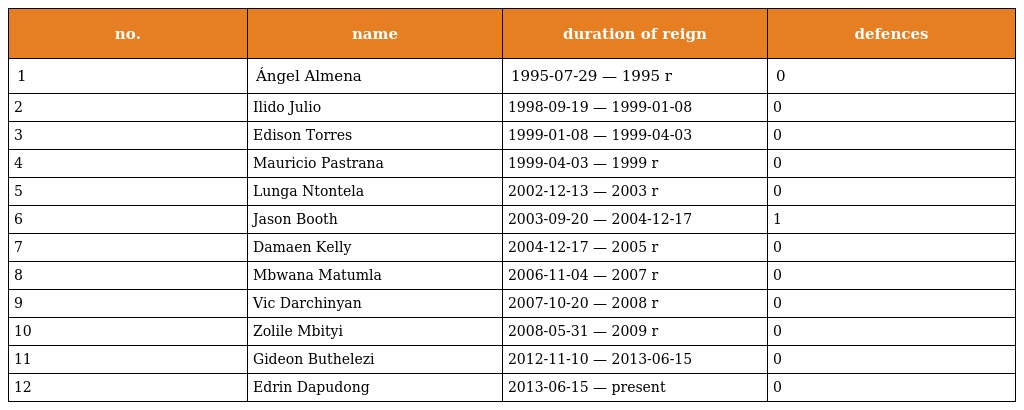
| no. | name | duration of reign | defences |
 | --- | --- | --- | --- |
 | 1 | Ángel Almena | 1995-07-29 — 1995 r | 0 |
 | 2 | Ilido Julio | 1998-09-19 — 1999-01-08 | 0 |
 | 3 | Edison Torres | 1999-01-08 — 1999-04-03 | 0 |
 | 4 | Mauricio Pastrana | 1999-04-03 — 1999 r | 0 |
 | 5 | Lunga Ntontela | 2002-12-13 — 2003 r | 0 |
 | 6 | Jason Booth | 2003-09-20 — 2004-12-17 | 1 |
 | 7 | Damaen Kelly | 2004-12-17 — 2005 r | 0 |
 | 8 | Mbwana Matumla | 2006-11-04 — 2007 r | 0 |
 | 9 | Vic Darchinyan | 2007-10-20 — 2008 r | 0 |
 | 10 | Zolile Mbityi | 2008-05-31 — 2009 r | 0 |
 | 11 | Gideon Buthelezi | 2012-11-10 — 2013-06-15 | 0 |
 | 12 | Edrin Dapudong | 2013-06-15 — present | 0 |